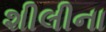
શીલીના